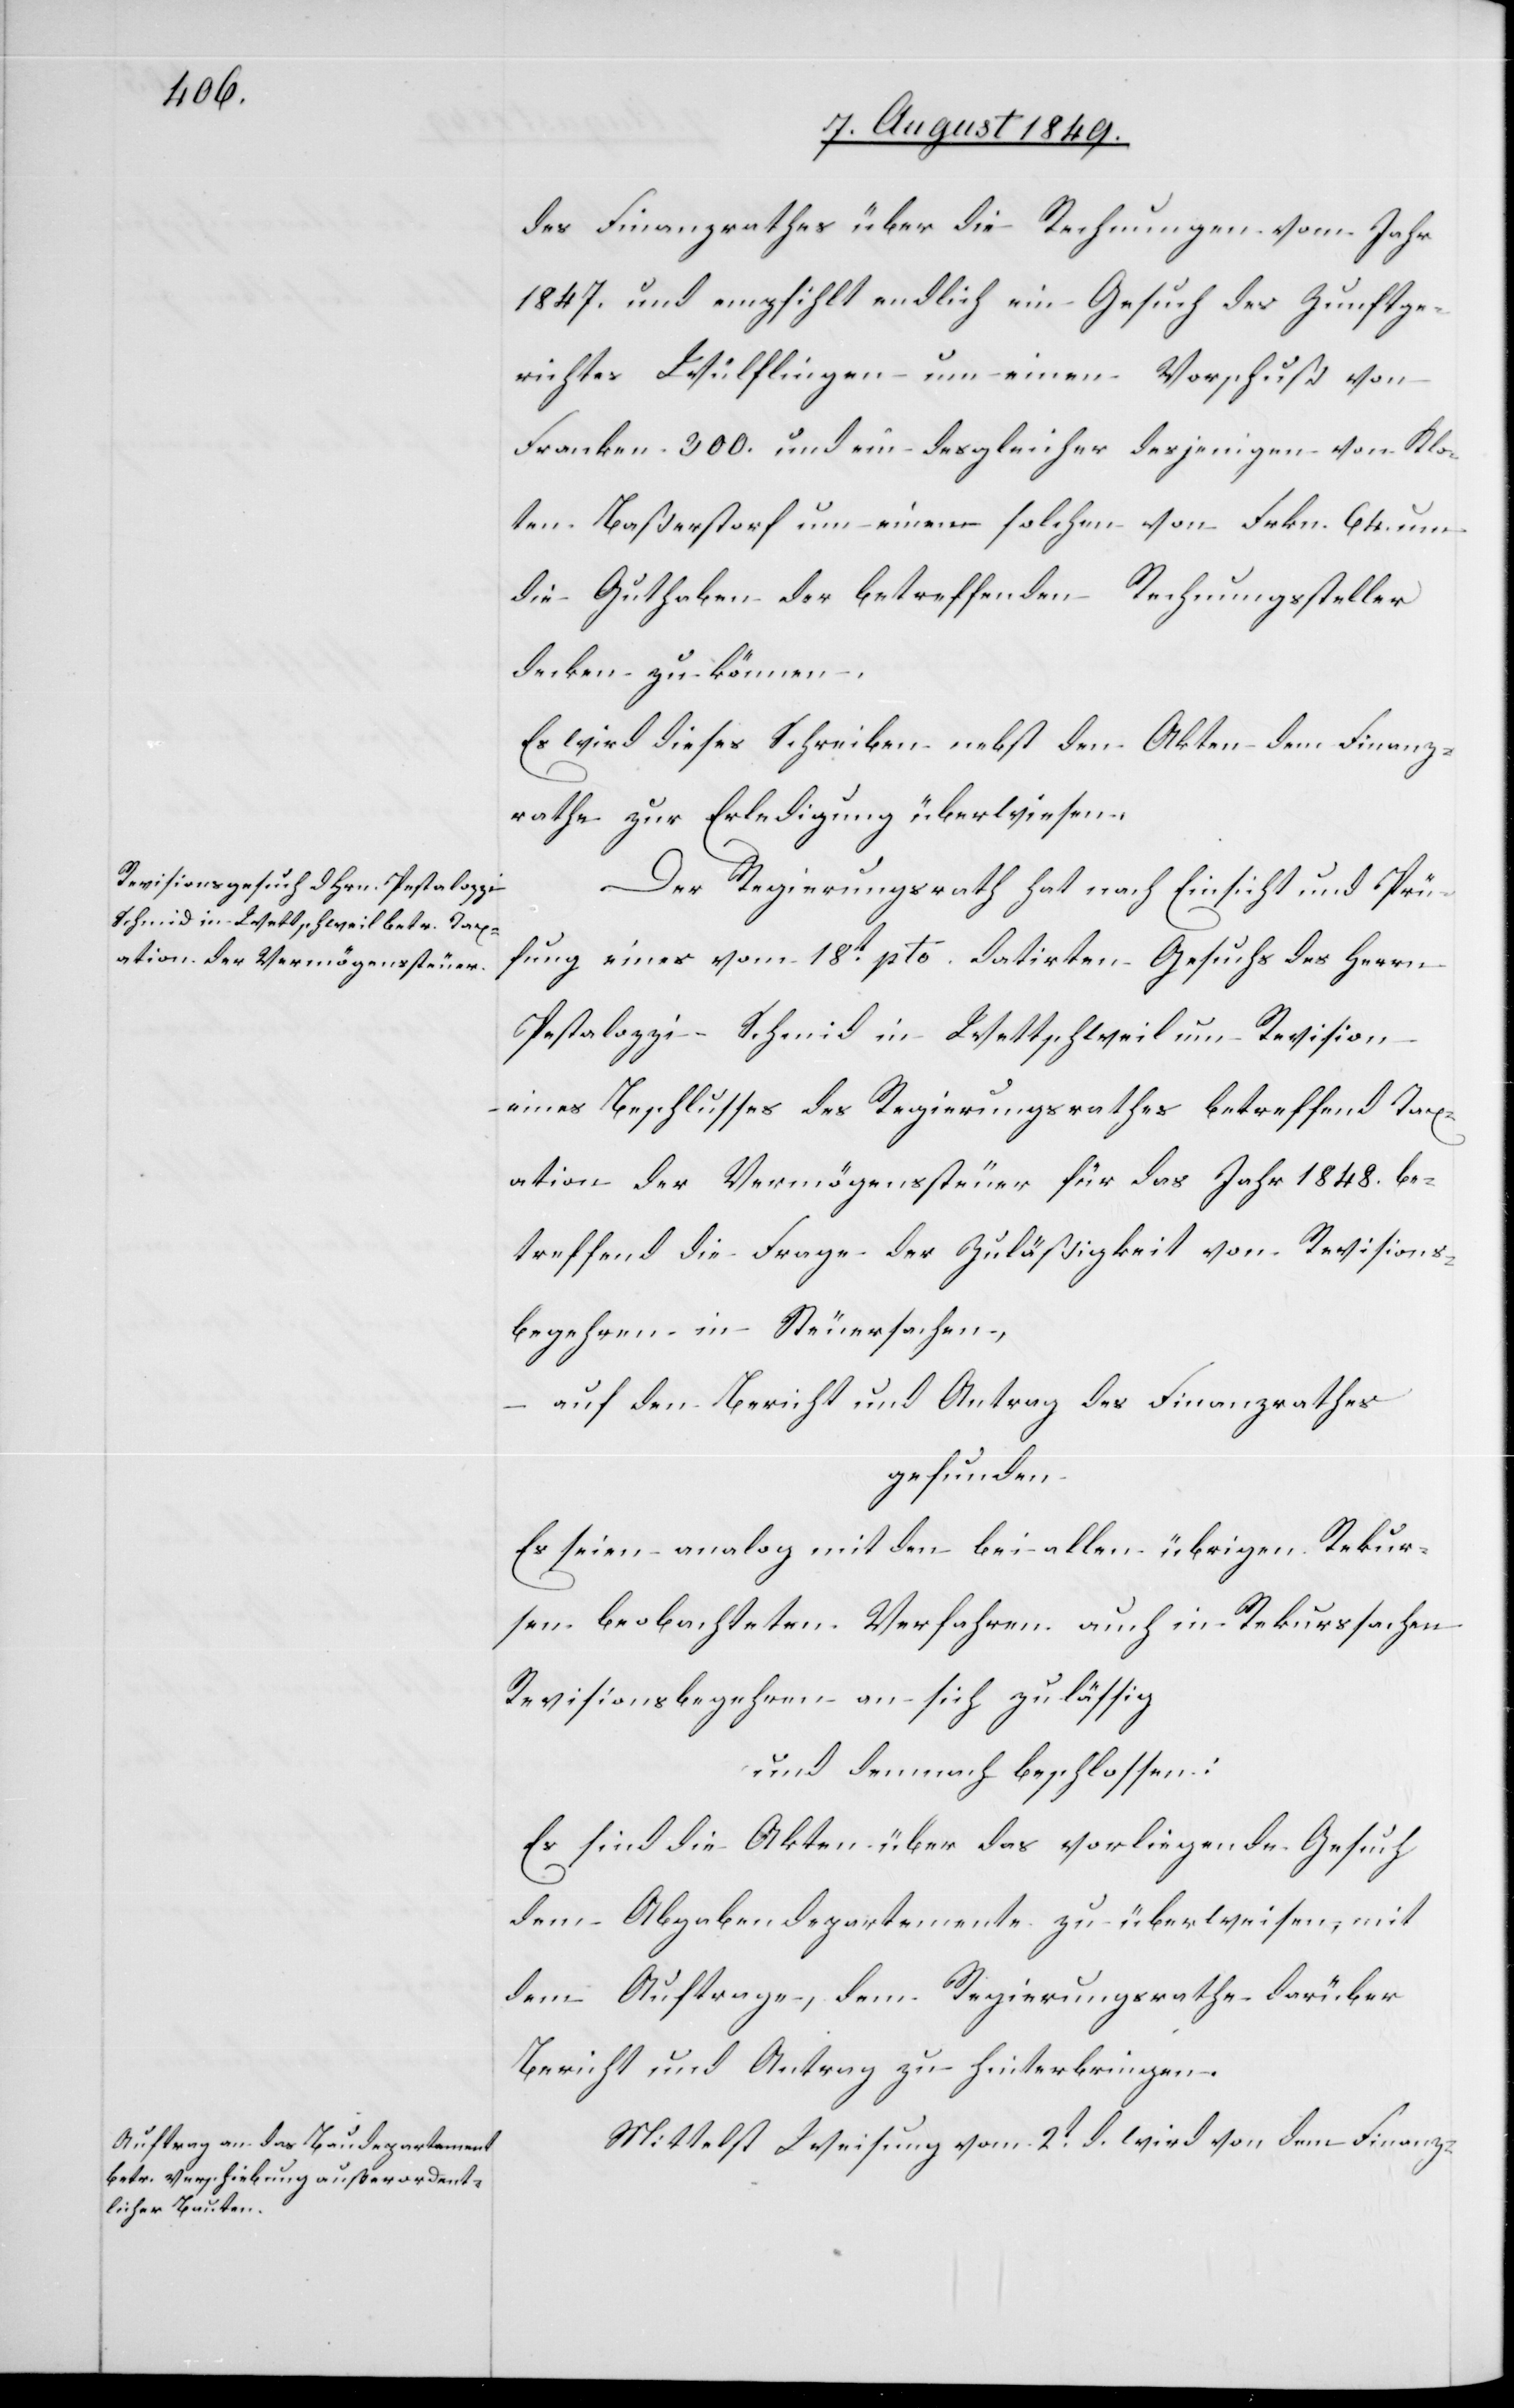
des Finanzrathes über die Rechnungen vom Jahr
1847. und empfihlt endlich ein Gesuch des Zunftge¬
richtes Wülflingen um einen Vorschuß von
Franken 300. und ein desgleicher desjenigen von Klo¬
ten-Baßerstorf um einen solchen von Frkn. 64. um
die Guthaben der betreffenden Rechnungssteller
decken zu können.
Es wird dieses Schreiben nebst den Akten dem Finanz¬
rathe zur Erledigung überwiesen.
Der Regierungsrath hat nach Einsicht und Prü¬
fung eines vom 18t pto. datirten Gesuchs des Herrn
Pestalozzi-Schmid in Wettschweil um Revision
eines Beschlusses des Regierungsrathes betreffend Tax¬
ation der Vermögenssteuer für das Jahr 1848. be¬
treffend die Frage der Zuläßigkeit vom Revisions¬
begehren in Steuersachen,
– auf den Bericht und Antrag des Finanzrathes
gefunden
Es seien analog mit den bei allen übrigen Rekur¬
sen beobachteten Verfahren auch in Rekurssachen
Revisionsbegehren an sich zulässig
und demnach beschlossen:
Es sind die Akten über das vorliegende Gesuch
dem Abgabendepartemente zu überweisen, mit
dem Auftrage, dem Regierungsrathe darüber
Bericht und Antrag zu hinterbringen.
Mittelst Weisung vom 2t d. wird von dem Finanz-